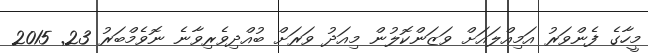
މީހާގެ ފެންވަރު އަމިއްލައަށް ވަޒަންކޮލުން މިއަދު ވަރަށް ބުއްދިވެރިވާނެ ނޮވެމްބަރު 23